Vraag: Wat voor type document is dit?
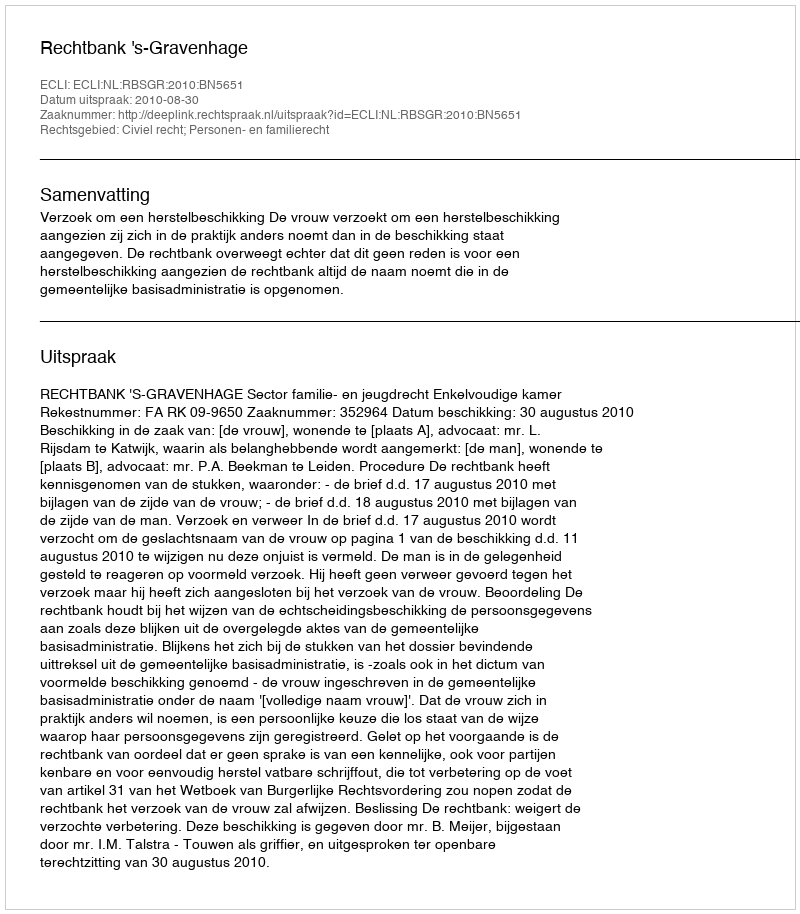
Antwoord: Uitspraak